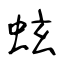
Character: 蚿